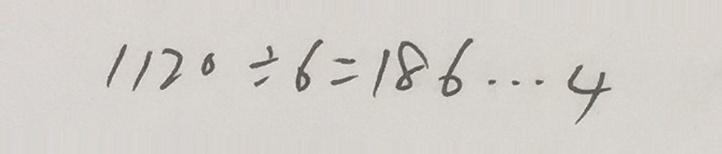
1 1 2 0 \div 6 = 1 8 6 \cdots 4